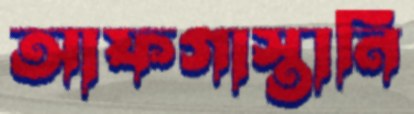
আফগাস্তানি